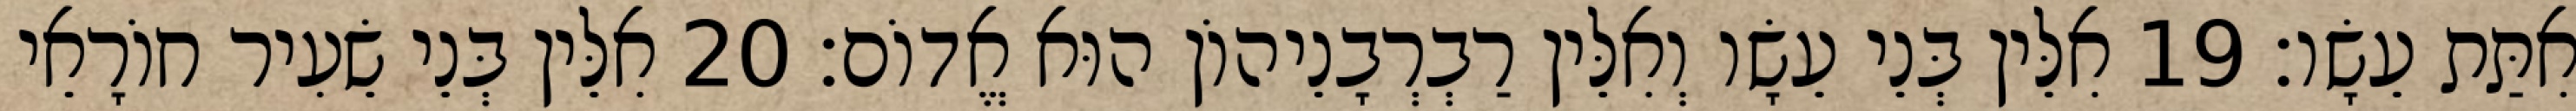
אִתַּת עֵשָׂו׃ 19 אִלֵּין בְּנֵי עֵשָׂו וְאִלֵּין רַבְרְבָנֵיהוֹן הוּא אֱדוֹם׃ 20 אִלֵּין בְּנֵי שֵׂעִיר חוֹרָאֵי